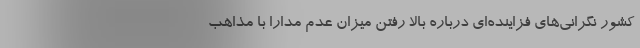
کشور نگرانی‌های فزاینده‌ای درباره بالا رفتن میزان عدم مدارا با مذاهب